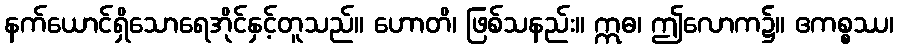
နက်ယောင်ရှိသောရေအိုင်နှင့်တူသည်။ ဟောတိ၊ ဖြစ်သနည်း။ ဣဓ၊ ဤလောက၌။ ဧကစ္စဿ၊